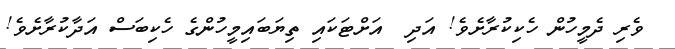
ވެރި ދެމީހުން ހެކިކުރާށެވެ! އަދި  އަށްޓަކައި ތިޔަބައިމީހުންގެ ހެކިބަސް އަދާކުރާށެވެ!